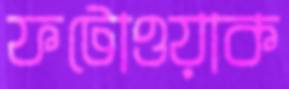
ফটোওয়াক